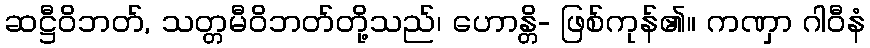
ဆဋ္ဌီဝိဘတ်, သတ္တမီဝိဘတ်တို့သည်၊ ဟောန္တိ- ဖြစ်ကုန်၏။ ကဏှာ ဂါဝီနံ